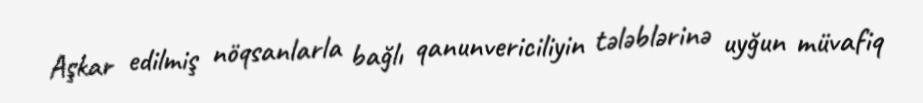
Aşkar edilmiş nöqsanlarla bağlı qanunvericiliyin tələblərinə uyğun müvafiq